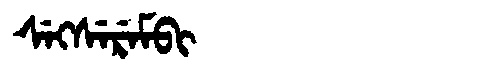
Manchu: ᠰᡝᡴᠰᡝᡵᡝᠮᠪᡳ
Romanization: SEKSEREMBI